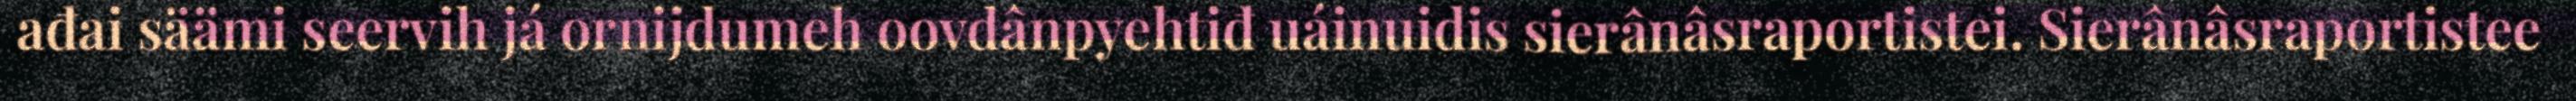
ađai säämi seervih já ornijdumeh oovdânpyehtiđ uáinuidis sierânâsraportistei. Sierânâsraportistee